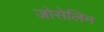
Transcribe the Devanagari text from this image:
जोसेलिन